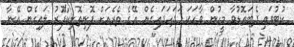
ކުޓުވައި ދެބައޮޑުވާ މީހުން ވާހަކަ ހަދަހަދައިގެން އޭގެ ތެރެއަށް ފޮނިތޮށިކާފޫރު ލައިގެން އޭނާ